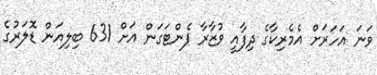
ވަނަ އަހަރަށް އެމެރިކާގެ ދިފާއީ ވުޒާރާ ޕެންޓަގަން އަށް 631 ބިލިއަން ޑޮލަރުގެ